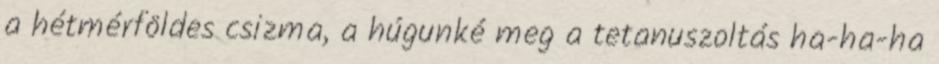
a hétmérföldes csizma, a húgunké meg a tetanuszoltás ha-ha-ha